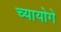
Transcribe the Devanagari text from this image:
च्यायोगे